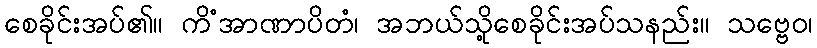
စေခိုင်းအပ်၏။ ကိံအာဏာပိတံ၊ အဘယ်သို့စေခိုင်းအပ်သနည်း။ သဗ္ဗေဝ၊